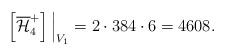
LaTeX: \begin{align*}\left[ \overline{\mathcal{H}}^+_4\right] \Big|_{V_1} = 2 \cdot 384\cdot 6 = 4608.\end{align*}